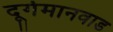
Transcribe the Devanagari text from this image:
दूर्गमानवाड